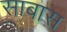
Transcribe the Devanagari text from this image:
साबास